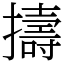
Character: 擣